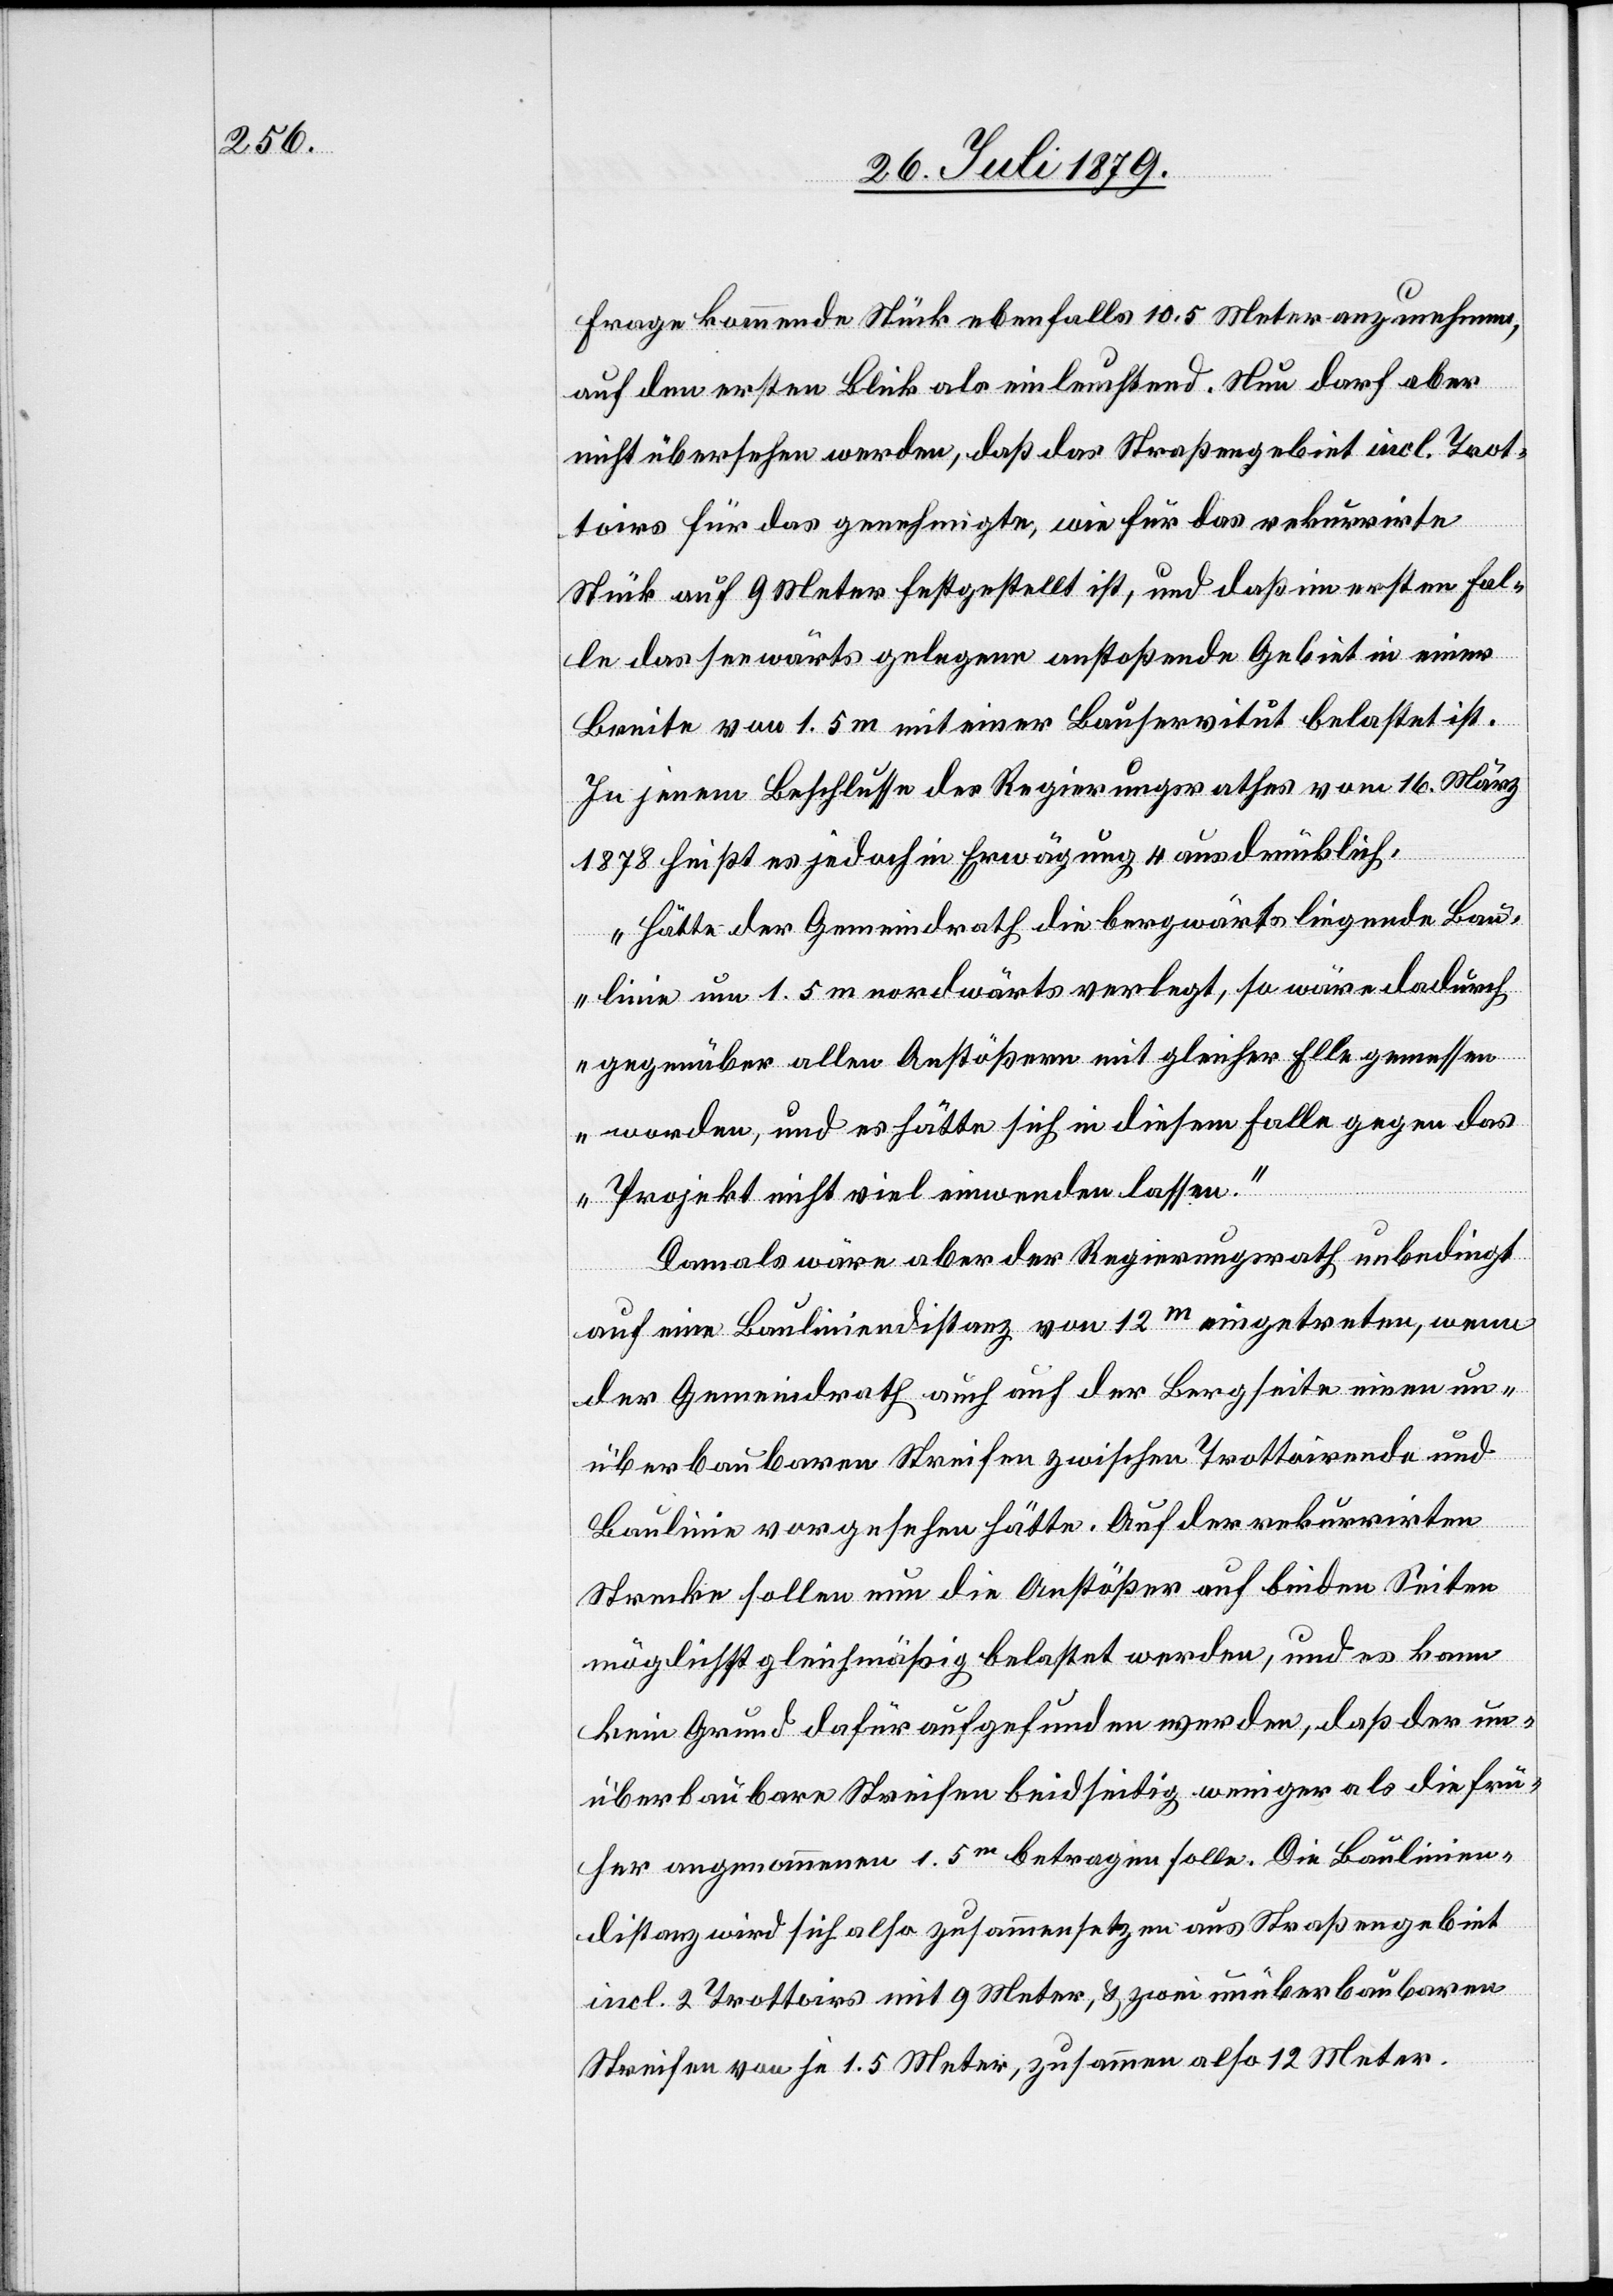
Frage kommende Stück ebenfalls 10.5 Meter anzunehmen,
auf den ersten Blick als einleuchtend. Nun darf aber
nicht übersehen werden, daß das Straßengebiet incl. Trot¬
toirs für das genehmigte, wie für das rekurrirte
Stück auf 9 Meter festgestellt ist, und daß im ersten Fal¬
le das seewärts gelegene anstoßende Gebiet in einer
Breite von 1.5 m mit einer Bauservitut belastet ist.
In jenem Beschlusse des Regierungsrathes vom 16. März
1878 heißt es jedoch in Erwägung 4 ausdrücklich:
„Hätte der Gemeindrath die bergwärts liegende Bau¬
linie um 1.5 m nordwärts verlegt, so wäre dadurch
gegenüber allen Anstößern mit gleicher Elle gemessen
worden, und es hätte sich in diesem Falle gegen das
Projekt nicht viel einwenden lassen.“
Damals wäre aber der Regierungsrath unbedingt
auf eine Bauliniendistanz von 12m eingetreten, wenn
der Gemeindrath auch auf der Bergseite einen un¬
überbaubaren Streifen zwischen Trottoirende und
Baulinie vorgesehen hätte. Auf der rekurrirten
Strecke sollen nun die Anstößer auf beiden Seiten
möglichst gleichmäßig belastet werden, und es kann
kein Grund dafür aufgefunden werden, daß der un¬
überbaubare Streifen beidseitig weniger als die frü¬
her angenommenen 1.5m betragen solle. Die Baulinien¬
distanz wird sich also zusammensetzen aus Straßengebiet
incl. 2 Trottoirs mit 9 Meter, & zwei unüberbaubaren
Streifen von je 1.5 Meter, zusammen also 12 Meter.